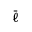
\bar { \ell }